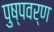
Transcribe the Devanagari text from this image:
पुष्पवर्ण